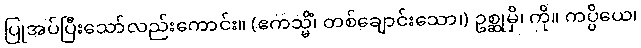
ပြုအပ်ပြီးသော်လည်းကောင်း။ (ဧကသ္မိံ၊ တစ်ချောင်းသော၊) ဥစ္ဆုမှိ၊ ကို။ ကပ္ပိယေ၊